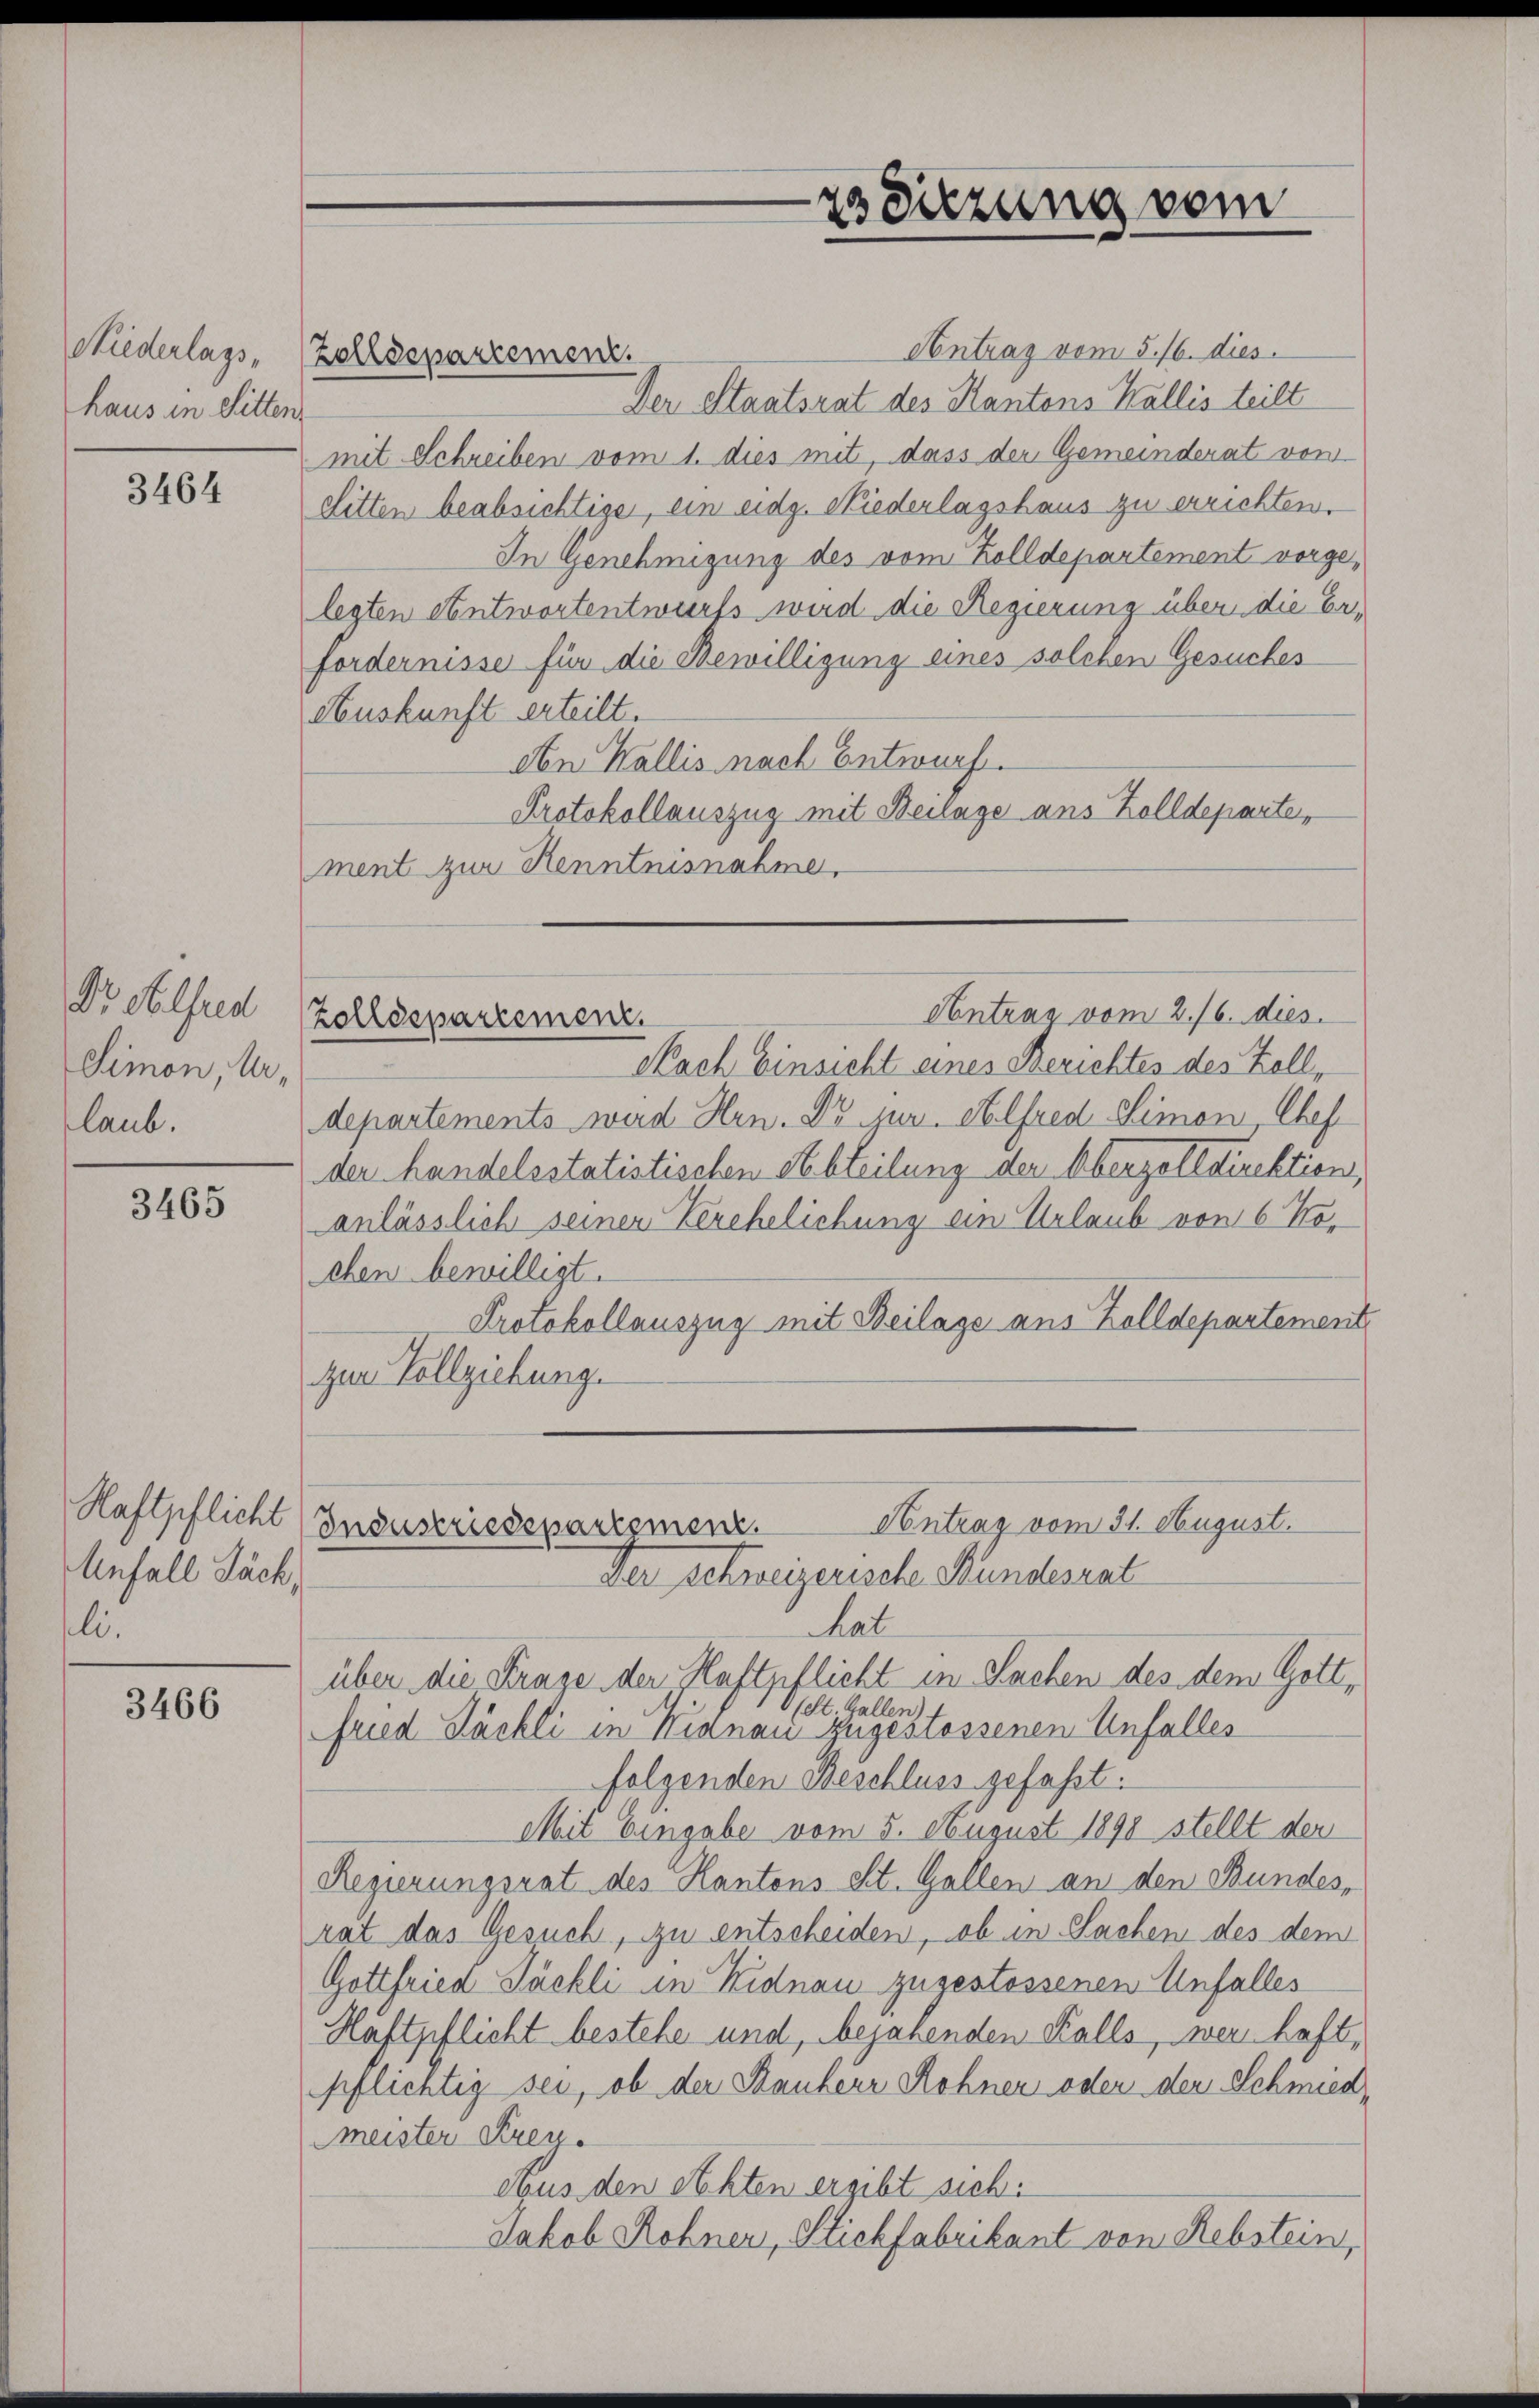
Niederlags-
haus in Sitten

3464

Dr. Alfred
Simon, Urlaub.

3465

Haftpflicht
Anfall Sach
li.

3466

Antrag vom 5./6. dies
Der Staatsrat des Kantons Wallis teilt
mit Schreiben vom 1. dies mit, dass der Gemeinderat von
Sitten beabsichtige, ein eidg. Niederlagshaus zu errichten.
In Genehmigung des vom Zolldepartement vorgelegten entwortentwurfs wird die Regierung über die Erfordernisse für die Bewilligung eines solchen Gesuches
Auskunft erteilt.
den Wallis nach Entwurf.
Protokollauszug mit Beilage ans Kolldeparte,
ment zur Kenntnisnahme,

Zolldepartement.

zs Sitzung vom

Antrag vom 2./6. dies
zolldepartement.

Nach Einsicht eines Berichtes des Zolldepartements wird Hrn. Dr jur. Alfred Limon Chef
der handelsstatistischen Abteilung der Überzolldirektion,
anlässlich seiner Verehelichung ein Urlaub von 6 Kochen bewilligt.
Protokollauszug mit Beilage aus Zolldepartement
zum Vollziehung.

Antrag vom 31. August.
Industriesepartement.
Der schweizerische Wundesrat

hat
über die Frage der Haftpflicht in Sachen des dem Gott¬
0(St. Gallen).
fried Sächli in Nidnau zugestossenen Unfalles
folgenden Beschluss gefaßt.
Mit Eingabe vom 5. August 1898 stellt der
Regierungsrat des Kantons St. Gallen an den Bundesrat das Gesuch, zu entscheiden, ob in Sachen des dem
Gottfried Jäckli in Nidnau zugestossenen Unfalles
Haftpflicht bestehe und, bejahenden Kalls, wer haft,
pflichtig sei, ob der Bauherr Rohner oder den Schmied¬
Mmeister Kreu¬
Aus den Akten ergibt sich:
Jakob Rohnen, Stichfabrikant von Rebstein,